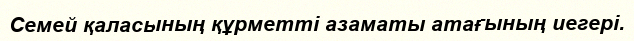
Семей қаласының құрметті азаматы атағының иегері.